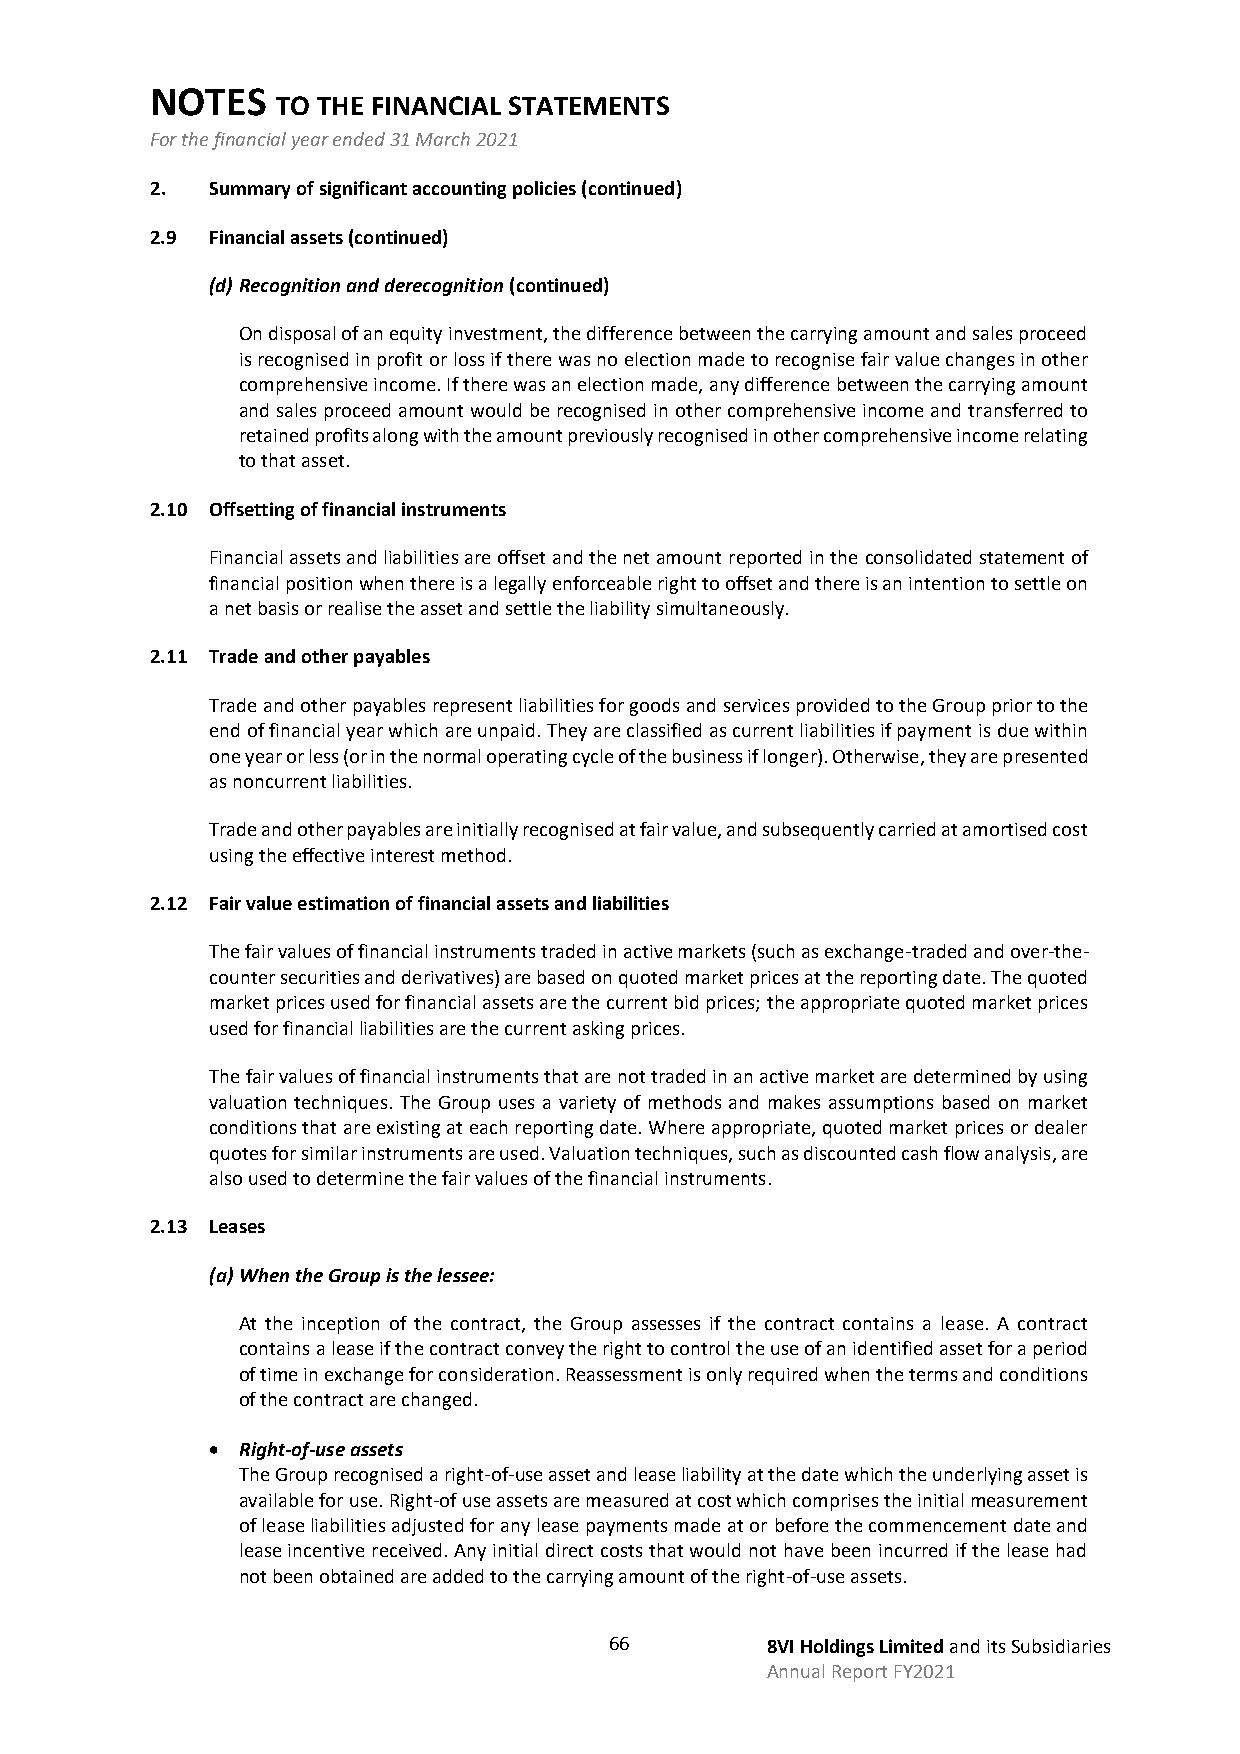
NOTES
 TO THE FINANCIAL STATEMENTS
 For the financial year ended 31 March 2021
 2.  Summary of significant accounting policies (continued)
 2.9 Financial assets (continued)
 (d) Recognition and derecognition (continued)
 On disposal of an equity investment, the difference between the carrying amount and sales proceed
 is recognised in profit or loss if there was no election made to recognise fair value changes in other
 comprehensive income. If there was an election made, any difference between the carrying amount
 and sales proceed amount would be recognised in other comprehensive income and transferred to
 retained profits along with the amount previously recognised in other comprehensive income relating
 to that asset.
 2.10 Offsetting of financial instruments
 Financial assets and liabilities are offset and the net amount reported in the consolidated statement of
 financial position when there is a legally enforceable right to offset and there is an intention to settle on
 a net basis or realise the asset and settle the liability simultaneously.
 2.11 Trade and other payables
 Trade and other payables represent liabilities for goods and services provided to the Group prior to the
 end of financial year which are unpaid. They are classified as current liabilities if payment is due within
 one year or less (or in the normal operating cycle of the business if longer). Otherwise, they are presented
 as noncurrent liabilities.
 Trade and other payables are initially recognised at fair value, and subsequently carried at amortised cost
 using the effective interest method.
 2.12 Fair value estimation of financial assets and liabilities
 The fair values of financial instruments traded in active markets (such as exchange-traded and over-the-
 counter securities and derivatives) are based on quoted market prices at the reporting date. The quoted
 market prices used for financial assets are the current bid prices; the appropriate quoted market prices
 used for financial liabilities are the current asking prices.
 The fair values of financial instruments that are not traded in an active market are determined by using
 valuation techniques. The Group uses a variety of methods and makes assumptions based on market
 conditions that are existing at each reporting date. Where appropriate, quoted market prices or dealer
 quotes for similar instruments are used. Valuation techniques, such as discounted cash flow analysis, are
 also used to determine the fair values of the financial instruments.
 2.13 Leases
 (a) When the Group is the lessee:
 At the inception of the contract, the Group assesses if the contract contains a lease. A contract
 contains a lease if the contract convey the right to control the use of an identified asset for a period
 of time in exchange for consideration. Reassessment is only required when the terms and conditions
 of the contract are changed.
 • Right-of-use assets
 The Group recognised a right-of-use asset and lease liability at the date which the underlying asset is
 available for use. Right-of use assets are measured at cost which comprises the initial measurement
 of lease liabilities adjusted for any lease payments made at or before the commencement date and
 lease incentive received. Any initial direct costs that would not have been incurred if the lease had
 not been obtained are added to the carrying amount of the right-of-use assets.
 66         8VI Holdings Limited and its Subsidiaries
 Annual Report FY2021